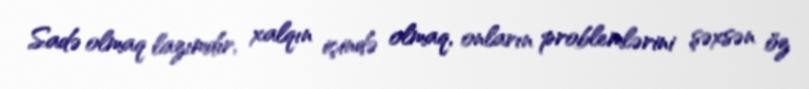
Sadə olmaq lazımdır, xalqın içində olmaq, onların problemlərini şəxsən öz